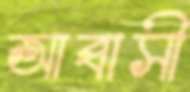
আব্বাসী